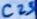
Text: C25